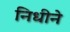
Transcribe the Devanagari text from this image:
निधीने